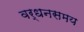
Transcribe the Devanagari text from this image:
वर्धनसमय